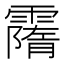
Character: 𩅡